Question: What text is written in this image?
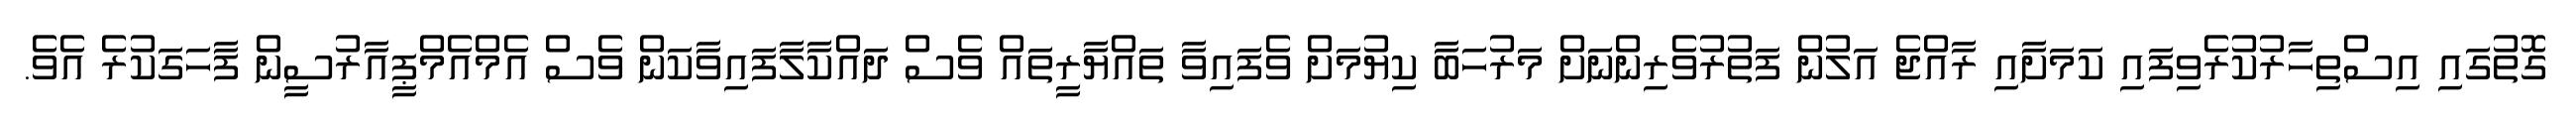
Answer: ގޮތުގައި އިސްތިހާރުކުރެވިފައި ކަމަށާއި ރާއްޖެ އަލުން ފަތުރުވެރިންނަށް މަރުހަބާ ކިޔުމަށް ވެފައިވާ ތައްޔާރީތައް ވެސް ދައްކާލާފައިވާކަން ވެސް އެމްއެމްޕީއާރުސީން ފާހަގަކުރެ އެވެ.